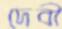
দেবী